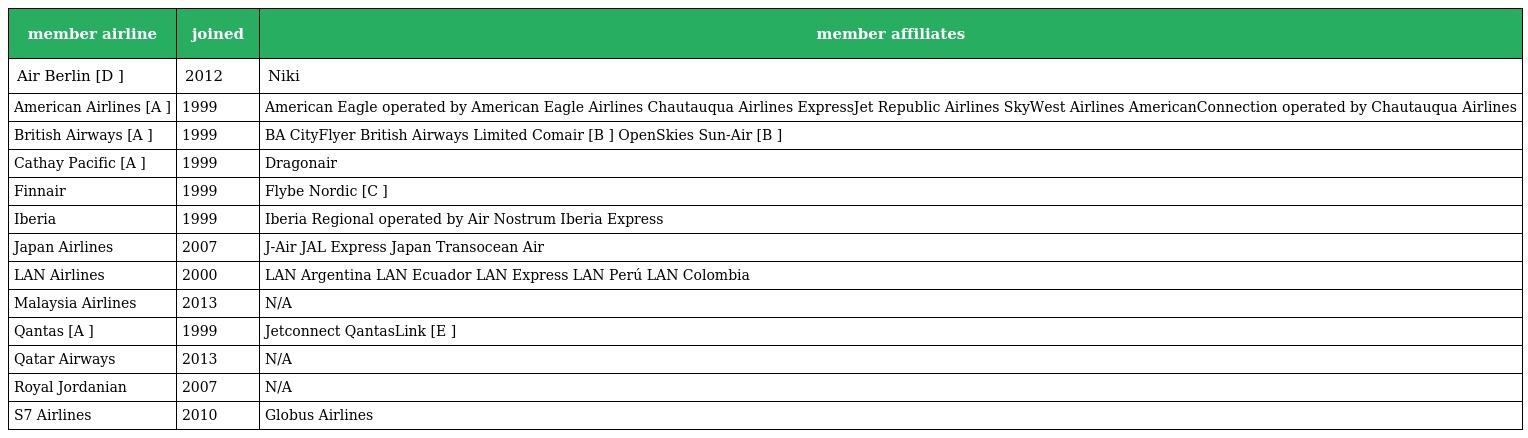
| member airline | joined | member affiliates |
 | --- | --- | --- |
 | Air Berlin [D ] | 2012 | Niki |
 | American Airlines [A ] | 1999 | American Eagle operated by American Eagle Airlines Chautauqua Airlines ExpressJet Republic Airlines SkyWest Airlines AmericanConnection operated by Chautauqua Airlines |
 | British Airways [A ] | 1999 | BA CityFlyer British Airways Limited Comair [B ] OpenSkies Sun-Air [B ] |
 | Cathay Pacific [A ] | 1999 | Dragonair |
 | Finnair | 1999 | Flybe Nordic [C ] |
 | Iberia | 1999 | Iberia Regional operated by Air Nostrum Iberia Express |
 | Japan Airlines | 2007 | J-Air JAL Express Japan Transocean Air |
 | LAN Airlines | 2000 | LAN Argentina LAN Ecuador LAN Express LAN Perú LAN Colombia |
 | Malaysia Airlines | 2013 | N/A |
 | Qantas [A ] | 1999 | Jetconnect QantasLink [E ] |
 | Qatar Airways | 2013 | N/A |
 | Royal Jordanian | 2007 | N/A |
 | S7 Airlines | 2010 | Globus Airlines |